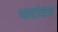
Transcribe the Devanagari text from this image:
चरांवर